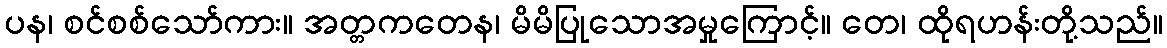
ပန၊ စင်စစ်သော်ကား။ အတ္တကတေန၊ မိမိပြုသောအမှုကြောင့်။ တေ၊ ထိုရဟန်းတို့သည်။